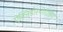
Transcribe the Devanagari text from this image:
ऐक्निडोस्पोरिडिया